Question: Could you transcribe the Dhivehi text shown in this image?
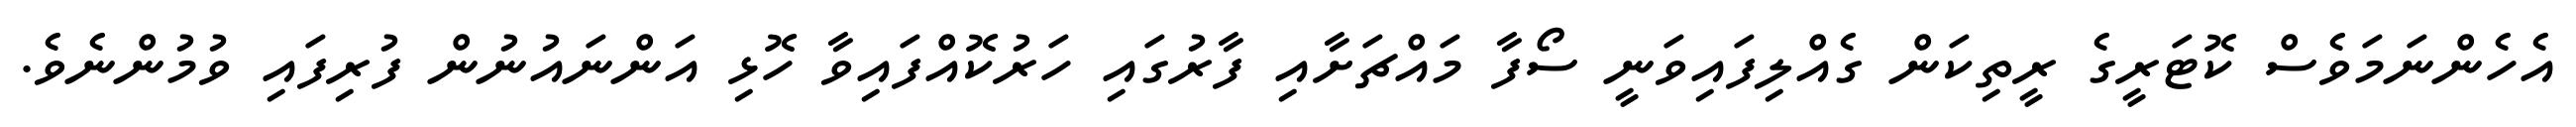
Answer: އެހެންނަމަވެސް ކޮޓަރީގެ ރީތިކަން ގެއްލިފައިވަނީ ސޯފާ މައްޗަށާއި ފާރުގައި ހަރުކޮއްފައިވާ ހޮޅި އަންނައުނުން ފުރިފައި ވުމުންނެވެ.